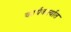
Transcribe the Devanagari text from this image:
कार्यकर्त्‍यात